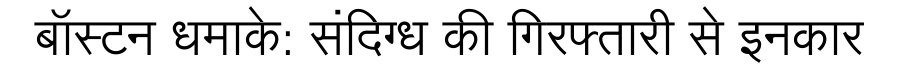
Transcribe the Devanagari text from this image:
बॉस्टन धमाके: संदिग्ध की गिरफ्तारी से इनकार